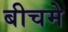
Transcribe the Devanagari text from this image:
बीचमे